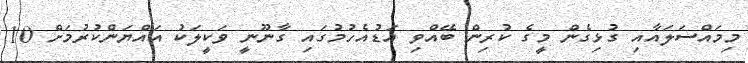
މިމައްސަލައާއި ގުޅިގެން މީގެ ކުރިން ބޭއްވި އަޑުއެހުމުގައި ގާނޫނީ ވަކީލަކު އައްޔަންކުރުމަށް 10